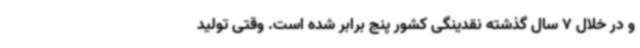
و در خلال 7 سال گذشته نقدینگی کشور پنج برابر شده است. وقتی تولید